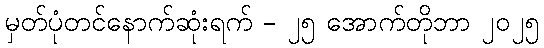
မှတ်ပုံတင်နောက်ဆုံးရက် - ၂၅ အောက်တိုဘာ ၂၀၂၅